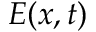
E ( x , t )